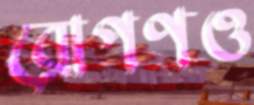
রোপণও